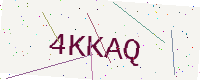
Text: 4KKAQ